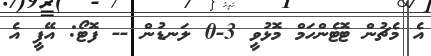
އެ މެޗުން ޓޮޓެންހަމް މޮޅުވީ 3-0 ލަނޑުން -- ފޮޓޯ: އޭޕީ އެ